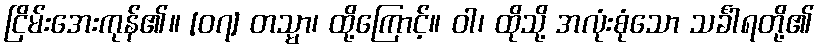
ငြိမ်းအေးကုန်၏။ [၀၇] တသ္မာ၊ ထို့ကြောင့်။ ဝါ၊ ထိုသို့ အလုံးစုံသော သင်္ခါရတို့၏